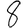
Digit: 8